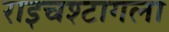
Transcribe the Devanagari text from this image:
राइचश्टागला